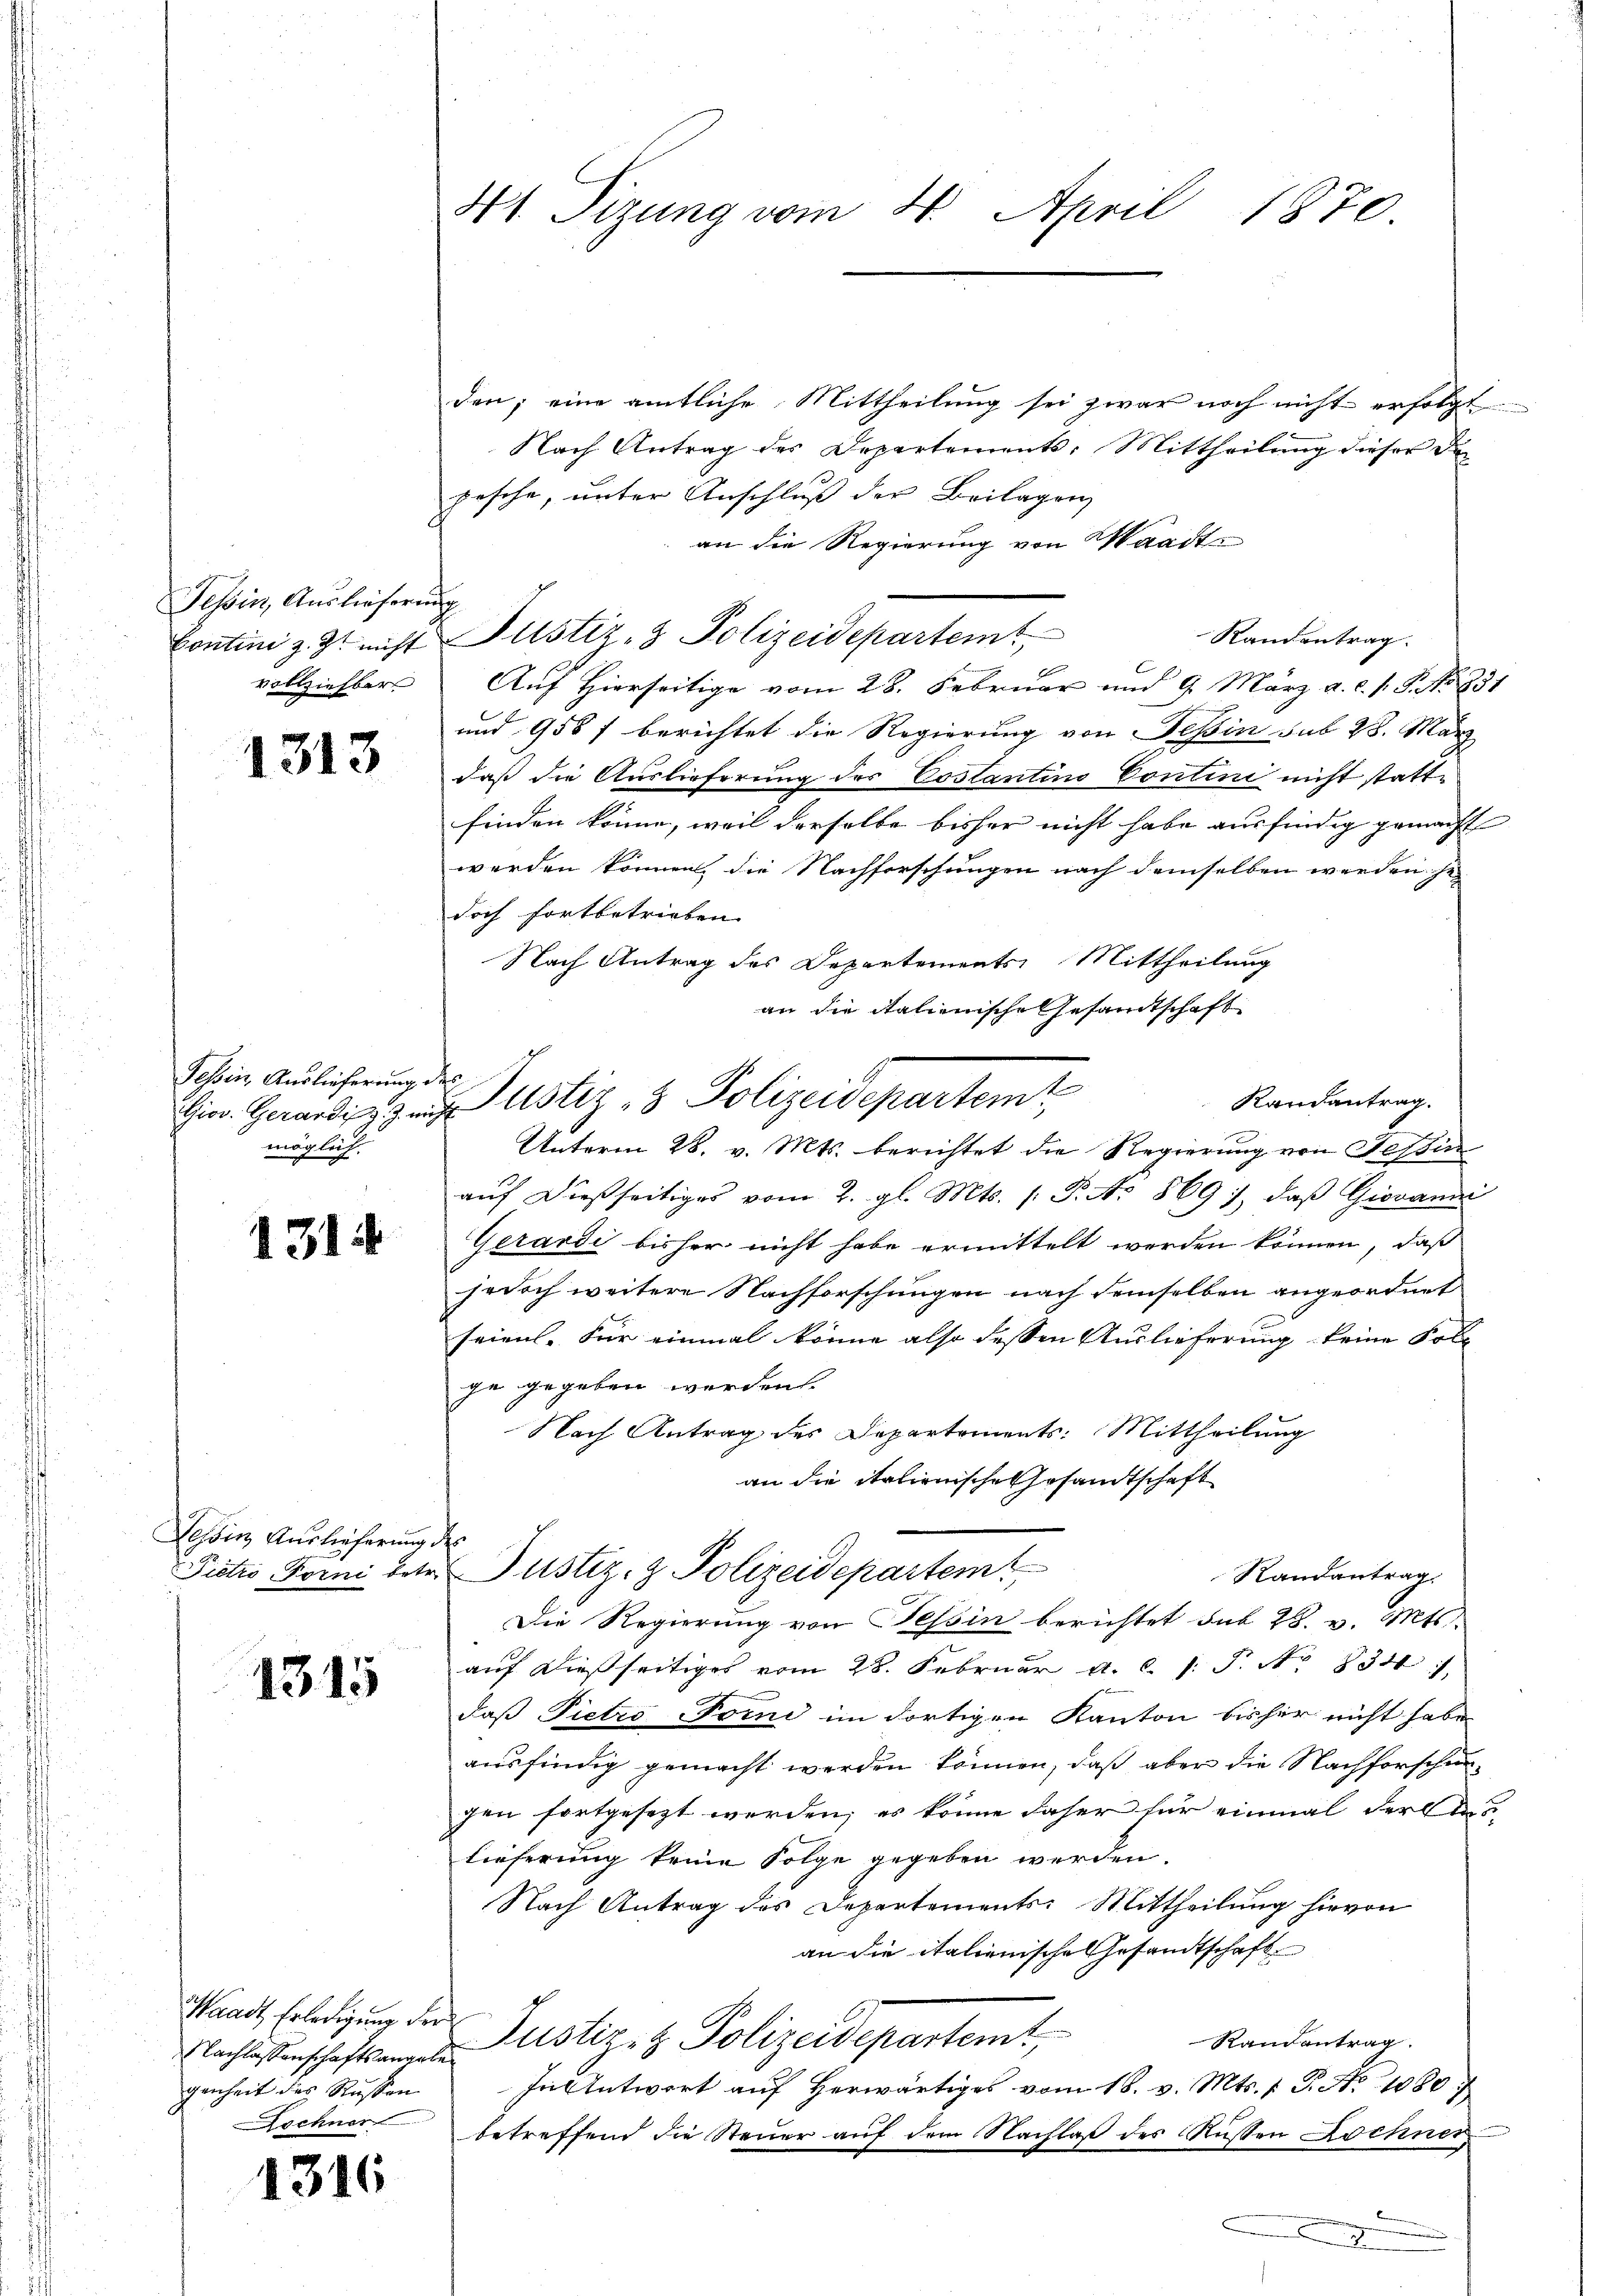
H Sizung vom 4. April 1870.

den; eine amtliche Mittheilung sei zwar noch nicht erfolgt
Nach Antrag des Departements: Mittheilung dieser de
pesche, unter Anschluß der Beilagen
an die Regierung von Waadt
f
Randantrag
r
A
Aŭf Hierseitige vom 28. Februar und 9. März a.c. s. S. No. 831
und 958 f berichtet die Regierung von Teßin sub 28. März
daß die Auslieferung des Costantino Contini nicht stattfinden könne, weil derselbe bisher nicht habe ausfindig gemacht
werden können, die Nachforschungen nach demselben werden se
doch fortbetrieben.
Nach Antrag des Departements Mittheilung
an die italienische Gesandtschaft
Randantrag.
Unterm 28. v. Mts. berichtet die Regierung von Tessin
auf dießseitiges vom 2. gl. Mts. /: P. Nr. 869), daß Giovanić
Gerardi bisher nicht habe ermittelt werden können, daß
jedoch weitere Nachforschungen nach demselben angeordnet
seien. Für einmal könne also dessen Auslieferung keine Folg
ge gegeben werden.
Nach Antrag des Departements: Mittheilung
an die italienische Gesandtschaft
fo¬
Justiz- & Polizeidepartem
Randantrag.
Die Regierung von Tessin berichtet sub 28. v. Mts.
auf dießseitiges vom 28. Februar a. c. s. S. No 834
daß Pietro Comi im dortigen Kanton bisher nicht habe
ausfindig gemacht werden können, daß aber die Nachforschengen fortgesezt werden; es könne daher für einmal der d
lieferung keine Folge gegeben werden.
Nach Antrag des Departements: Mittheilung hievon
an die italienische Gesandtschaft
Randantrag.
Nachlassenschaftsangel Plistiz- & Polizeidepartemt,
In Antwort auf herwärtiges vom 18. v. Mts. f. P. No 1080.
betreffend die Steuer auf dem Nachlaß des Außen Dochner,
b
.

Tessin, Auslieferun
Contini z. Zt. nicht
vollziehbar

Justiz- & Polizeidepartemt

1313

Justiz- & Polizeidepartemt

Tessin, Auslieferung des
Giov. Gerardi z. Z. mich
möglich.

1314

Tessin Auslieferung.
Pietro -Porni betr.

1315

Waadt, Erledigung der
genheit des Russen.
Lochner

4316